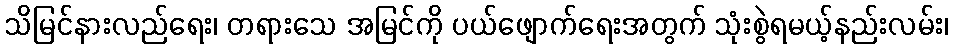
သိမြင်နားလည်ရေး၊ တရားသေ အမြင်ကို ပယ်ဖျောက်ရေးအတွက် သုံးစွဲရမယ့်နည်းလမ်း၊